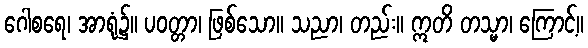
ဂေါစရေ၊ အာရုံ၌။ ပဝတ္တာ၊ ဖြစ်သော။ သညာ၊ တည်း။ ဣတိ တသ္မာ၊ ကြောင့်။